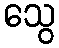
သွေ